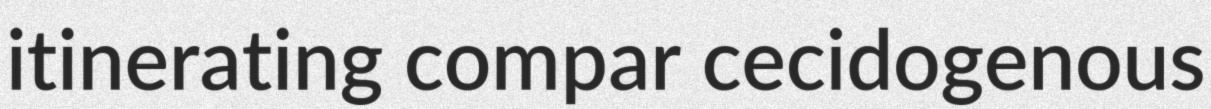
itinerating compar cecidogenous